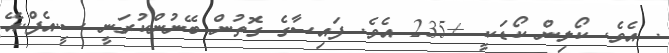
. އެވެ. ކޯލިން ކޯޑަކީ +235 އެވެ. ފައިސާގެ ގޮތުން ބޭނުންކުރަނީ ސީ.އެފް.އޭ